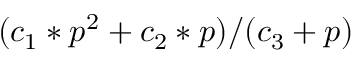
( c _ { 1 } * p ^ { 2 } + c _ { 2 } * p ) / ( c _ { 3 } + p )